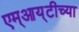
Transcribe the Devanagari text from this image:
एम्‌आय्‌टीच्या